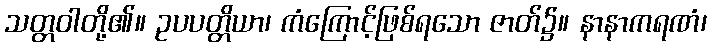
သတ္တဝါတို့၏။ ဥပပတ္တိယာ၊ ကံကြောင့်ဖြစ်ရသော ဇာတ်၌။ နာနာကရဏံ၊